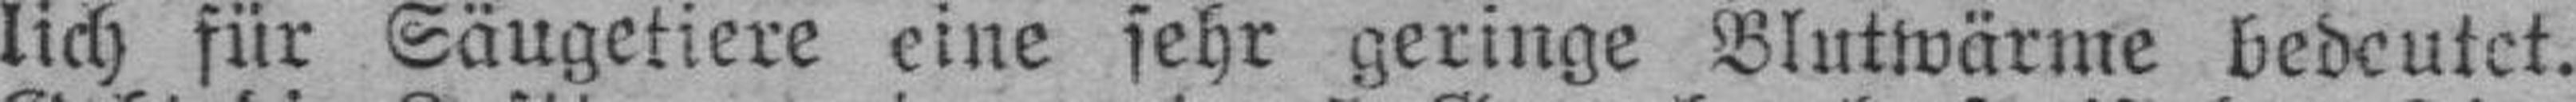
lich für Säugetiere eine sehr geringe Blutwärme bedeutet.